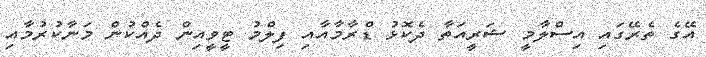
އޭގެ ތެރޭގައި އިސްލާމީ ޝަރީއަތާ ދެކޮޅު ޑްރާމާއާއި ފިލްމު ޓީވީއިން ދެއްކުން މަނާކުރުމާއި